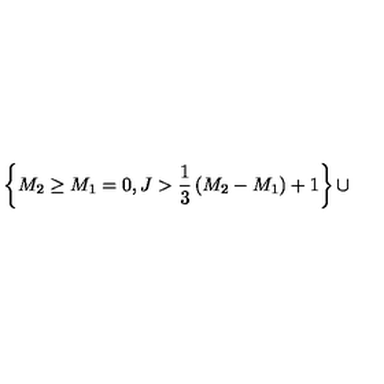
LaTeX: \left\{ M _ { 2 } \ge M _ { 1 } = 0 , J > { \frac { 1 } { 3 } } \left( M _ { 2 } - M _ { 1 } \right) + 1 \right\} \cup